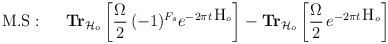
\begin{align*}{\rm M.S}:~~~~\hbox{\bf Tr}_{{\cal H}_o}\left[\frac{\Omega}{2}\,(-1)^{F_s} e^{-2\pi t \, \hbox{H}_o}\right]-\hbox{\bf Tr}_{{\cal H}_o}\left[\frac{\Omega}{2}\,e^{-2\pi t \, \hbox{H}_o}\right]\end{align*}